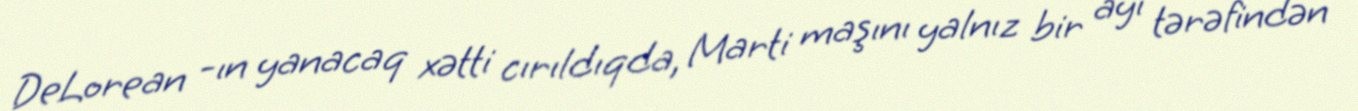
DeLorean -ın yanacaq xətti cırıldıqda, Marti maşını yalnız bir ayı tərəfindən